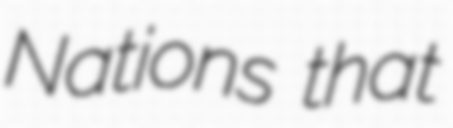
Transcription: Nations that